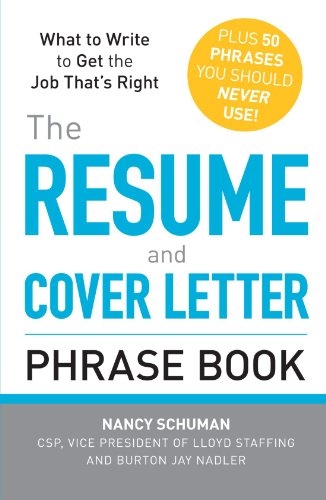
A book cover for The Resume and Cover Letter Phrase Book: What to Write to Get the Job That's Right; Nancy Schuman; Business & Money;